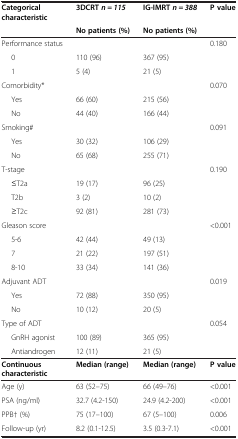
<table><thead><tr><td><b>Categorical characteristic</b></td><td><b>3DCRT <i>n = 115</i></b></td><td><b>IG-IMRT <i>n = 388</i></b></td><td><b>P value</b></td></tr><tr><td><b> </b></td><td><b>No patients (%)</b></td><td><b>No patients (%)</b></td><td><b> </b></td></tr></thead><tbody><tr><td>Performance status</td><td> </td><td> </td><td>0.180</td></tr><tr><td>0</td><td>110 (96)</td><td>367 (95)</td><td> </td></tr><tr><td>1</td><td>5 (4)</td><td>21 (5)</td><td> </td></tr><tr><td>Comorbidity*</td><td> </td><td> </td><td>0.070</td></tr><tr><td>Yes</td><td>66 (60)</td><td>215 (56)</td><td> </td></tr><tr><td>No</td><td>44 (40)</td><td>166 (44)</td><td> </td></tr><tr><td>Smoking#</td><td> </td><td> </td><td>0.091</td></tr><tr><td>Yes</td><td>30 (32)</td><td>106 (29)</td><td> </td></tr><tr><td>No</td><td>65 (68)</td><td>255 (71)</td><td> </td></tr><tr><td>T-stage</td><td> </td><td> </td><td>0.190</td></tr><tr><td>≤T2a</td><td>19 (17)</td><td>96 (25)</td><td> </td></tr><tr><td>T2b</td><td>3 (2)</td><td>10 (2)</td><td> </td></tr><tr><td>≥T2c</td><td>92 (81)</td><td>281 (73)</td><td> </td></tr><tr><td>Gleason score</td><td> </td><td> </td><td>&lt;0.001</td></tr><tr><td>5-6</td><td>42 (44)</td><td>49 (13)</td><td> </td></tr><tr><td>7</td><td>21 (22)</td><td>197 (51)</td><td> </td></tr><tr><td>8-10</td><td>33 (34)</td><td>141 (36)</td><td> </td></tr><tr><td>Adjuvant ADT</td><td> </td><td> </td><td>0.019</td></tr><tr><td>Yes</td><td>72 (88)</td><td>350 (95)</td><td> </td></tr><tr><td>No</td><td>10 (12)</td><td>20 (5)</td><td> </td></tr><tr><td>Type of ADT</td><td> </td><td> </td><td>0.054</td></tr><tr><td>GnRH agonist</td><td>100 (89)</td><td>365 (95)</td><td> </td></tr><tr><td>Antiandrogen</td><td>12 (11)</td><td>21 (5)</td><td> </td></tr><tr><td><b>Continuous characteristic</b></td><td><b>Median (range)</b></td><td><b>Median (range)</b></td><td><b>P value</b></td></tr><tr><td>Age (y)</td><td>63 (52–75)</td><td>66 (49–76)</td><td>&lt;0.001</td></tr><tr><td>PSA (ng/ml)</td><td>32.7 (4.2-150)</td><td>24.9 (4.2-200)</td><td>&lt;0.001</td></tr><tr><td>PPB† (%)</td><td>75 (17–100)</td><td>67 (5–100)</td><td>0.006</td></tr><tr><td>Follow-up (yr)</td><td>8.2 (0.1-12.5)</td><td>3.5 (0.3-7.1)</td><td>&lt;0.001</td></tr></tbody></table>